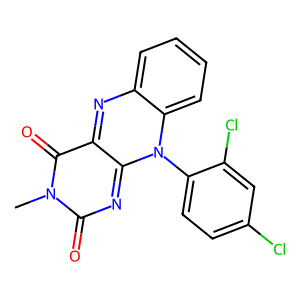
SMILES: Cn1c(=O)nc2n(-c3ccc(Cl)cc3Cl)c3ccccc3nc-2c1=O
Inhibits HIV replication: No